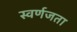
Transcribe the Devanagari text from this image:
स्वर्णजता